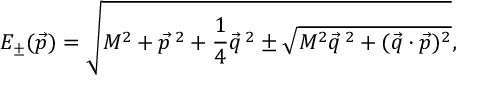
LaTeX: E _ { \pm } ( \vec { p } ) = \sqrt { M ^ { 2 } + \vec { p } \, ^ { 2 } + \frac { 1 } { 4 } \vec { q } \, ^ { 2 } \pm \sqrt { M ^ { 2 } \vec { q } \, ^ { 2 } + ( \vec { q } \cdot \vec { p } ) ^ { 2 } } } ,